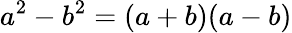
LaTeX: a^{2}-b^{2}=(a+b)(a-b)